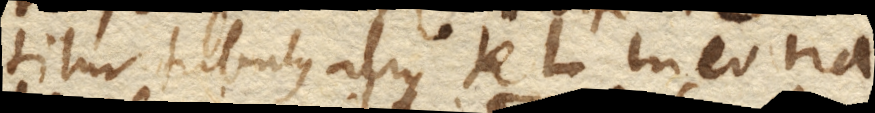
titur tubus alius KL. in eo na–